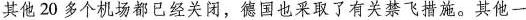
其他20多个机场都已经关闭，德国也采取了有关禁飞措施。其他一